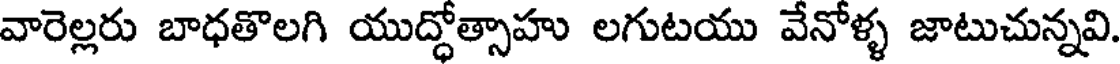
వారెల్లరు బాధతొలగి యుద్ధోత్సాహు లగుటయు వేనోళ్ళ జాటుచున్నవి.